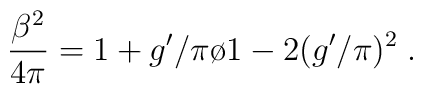
{{\beta^2}\over{4\pi}}={{1+g'/\pi}\o{1-2(g'/\pi)^2}}\;.